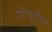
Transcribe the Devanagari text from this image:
रॉचडैल